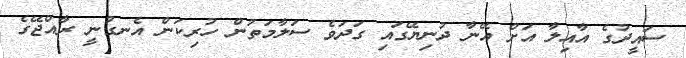
ސައީދުގެ އާއިލާ އަށް އޭނާ ދުނިޔޭގައި ގަދަވެ ސަލާމަތުން ހުރިކަން އެނގުނީ ރާއްޖޭގެ